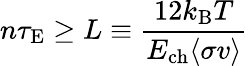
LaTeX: n\tau_{\mathrm{{E}}}\geq L\equiv{\frac{12k_{\mathrm{{B}}}T}{E_{\mathrm{{ch}}}\langle\sigma v\rangle}}